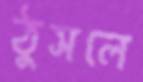
ঠুসলে